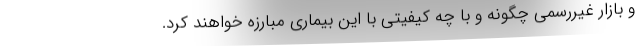
و بازار غیررسمی چگونه و با چه کیفیتی با این بیماری مبارزه خواهند کرد.